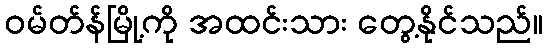
ဝမ်တ်န်မြို့ကို အထင်းသား တွေ့နိုင်သည်။